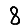
Digit: 8